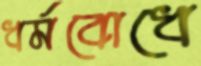
ধর্মবোধে